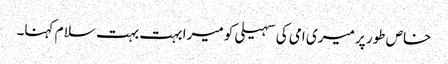
خاص طور پر میری امی کی سہیلی کو میرا بہت بہت سلا م کہنا۔